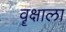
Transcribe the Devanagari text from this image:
वॄक्षाला